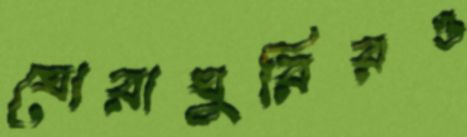
ঘোরাঘুরিরও